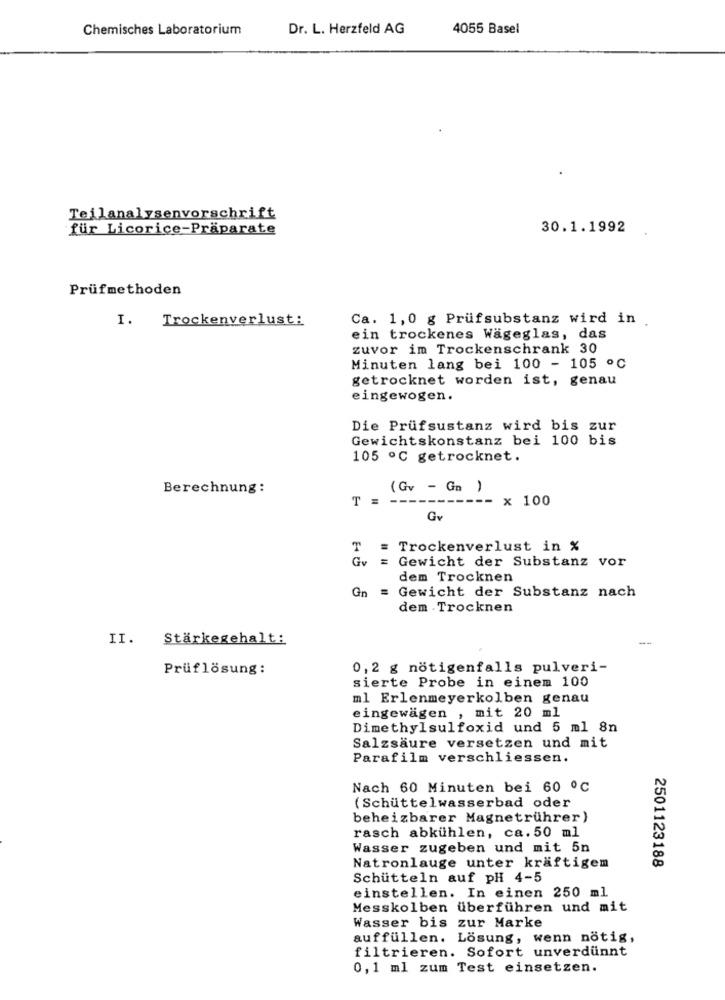
Chemisches Laboratorium
Dr. L. Herzfeld AG
4055 Basel
Teilanalysenvorschrift
für Licorice-Präparate
30.1.1992
Prüfmethoden
I. Trockenverlust:
Ca. 1,0 g Prüfsubstanz wird in
ein trockenes Wageglas, das
zuvor im Trockenschrank 30
Minuten lang bei 100 - 105 ℃
getrocknet worden ist, genau
eingewogen.
Die Prüfsustanz wird bis zur
Gewichtskonstanz bei 100 bis
105 º℃ getrocknet.
Berechnung:
( Gv - Ga )
T =
- x 100
Gy
T = Trockenverlust in %
Gv
= Gewicht der Substanz vor
dem Trocknen
Gn = Gewicht der Substanz nach
dem .Trocknen
II.
Stärkegehalt:
--
Prüflösung:
0,2 g nötigenfalls pulveri-
sierte Probe in einem 100
ml Erlenmeyerkolben genau
eingewagen , mit 20 ml
Dimethylsulfoxid und 5 ml 8n
Salzsäure versetzen und mit
Parafilm verschliessen.
Nach 60 Minuten bei 60 ℃
(Schüttelwasserbad oder
beheizbarer Magnetrührer)
rasch abkühlen, ca.50 ml
Wasser zugeben und mit 5n
Natronlauge unter kräftigem
2501123188
Schütteln auf pH 4-5
einstellen. In einen 250 ml
Messkolben überführen und mit
Wasser bis zur Marke
auffüllen. Lösung, wenn nötig,
filtrieren. Sofort unverdünnt
0, 1 ml zum Test einsetzen.